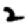
Digit: 2